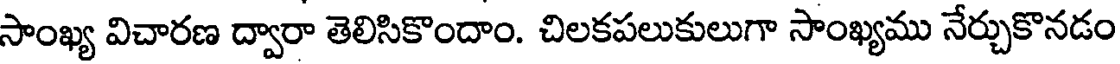
సాంఖ్య విచారణ ద్వారా తెలిసికొందాం. చిలకపలుకులుగా సాంఖ్యము నేర్చుకొనడం